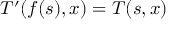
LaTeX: T ^ { \prime } ( f ( s ) , x ) = T ( s , x )